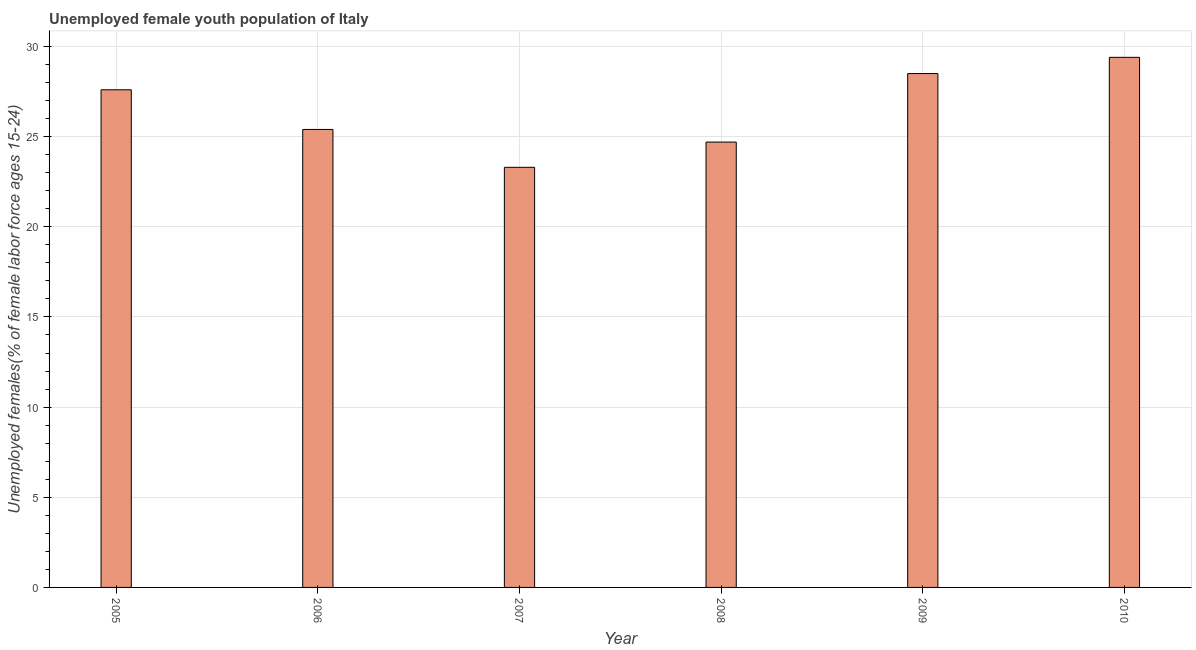
| Year | Unemployment youth female |
 | --- | --- |
 | 2005 | 27.6 |
 | 2006 | 25.4 |
 | 2007 | 23.3 |
 | 2008 | 24.7 |
 | 2009 | 28.5 |
 | 2010 | 29.4 |